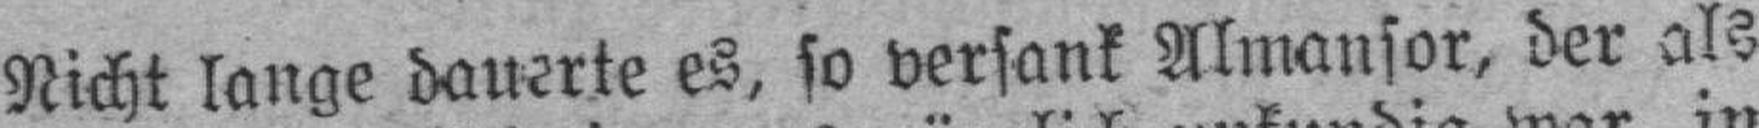
Nicht lange dauerte es, so versank Almansor, der als